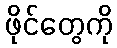
ဖိုင်တွေကို